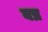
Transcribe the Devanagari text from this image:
वष्र